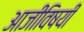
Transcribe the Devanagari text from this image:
आजीविषयी